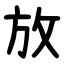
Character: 放